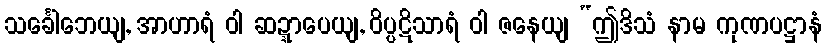
သင်္ခေါဘေယျ, အာဟာရံ ဝါ ဆဍ္ဍာပေယျ, ဝိပ္ပဋိသာရံ ဝါ ဇနေယျ “ဤဒိသံ နာမ ကုဏပဋ္ဌာနံ